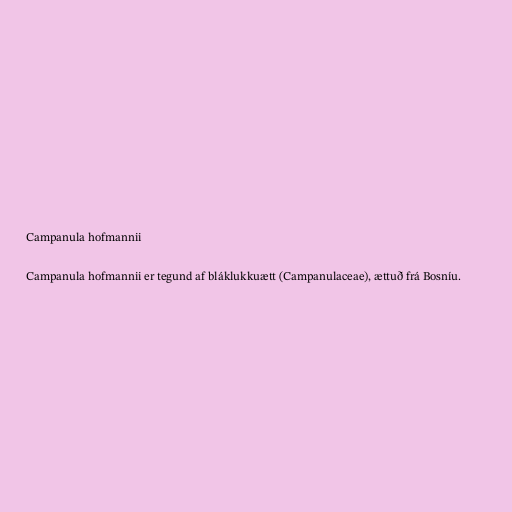
Campanula hofmannii

Campanula hofmannii er tegund af bláklukkuætt (Campanulaceae), ættuð frá Bosníu.